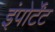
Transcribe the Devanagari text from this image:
इंपोर्टेंट